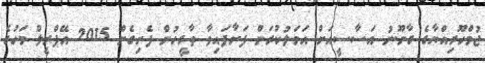
ޖުމްހޫރިއްޔާގެ ގާނޫނު އަސާސީއަށް އަމަލުކުރަން ފަށާފައިވާ ތާރީހުން ފެށިގެން 2015 އޭޕްރީލް މަހުގެ